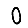
Digit: 0